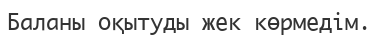
Баланы оқытуды жек көрмедім.